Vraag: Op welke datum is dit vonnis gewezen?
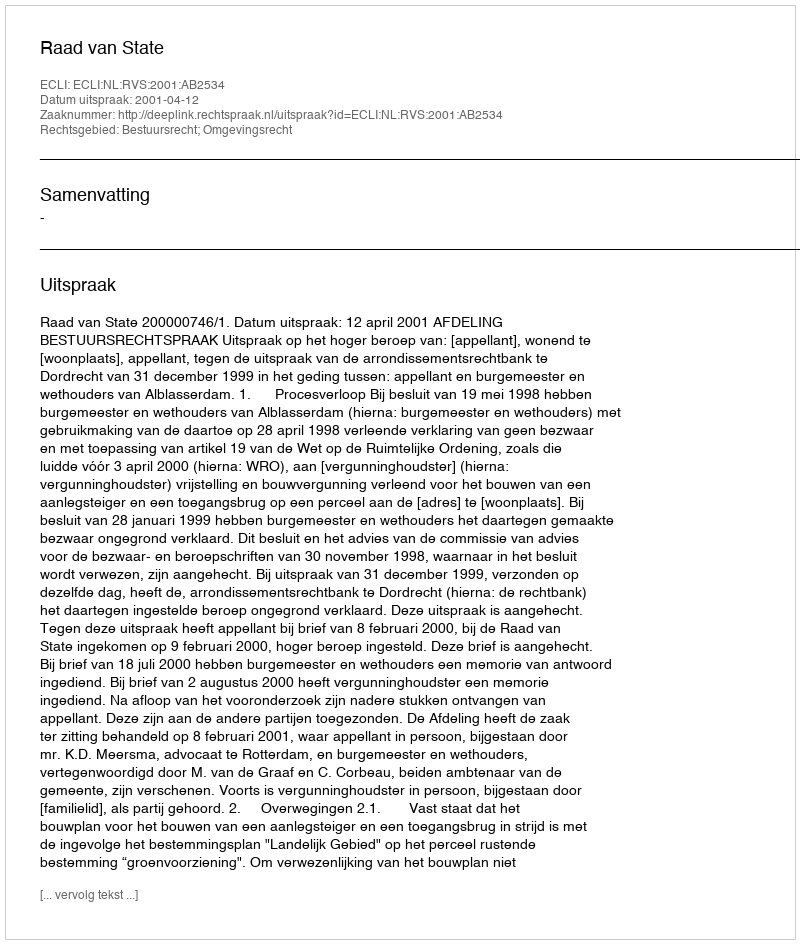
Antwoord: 2001-04-12